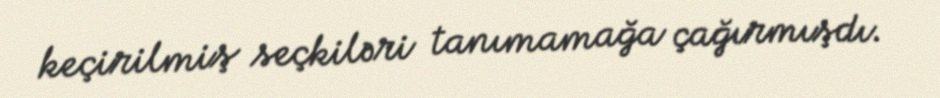
keçirilmiş seçkiləri tanımamağa çağırmışdı.